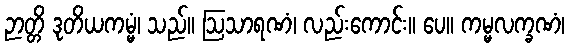
ဉာတ္တိ ဒုတိယကမ္မံ၊ သည်။ ဩသာရဏံ၊ လည်းကောင်း။ ပေ။ ကမ္မလက္ခဏံ၊